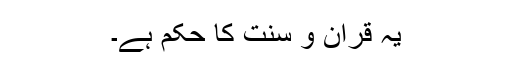
یہ قرآن و سنت کا حکم ہے۔